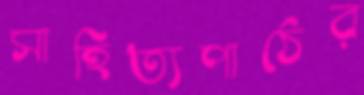
সাহিত্যপাঠের